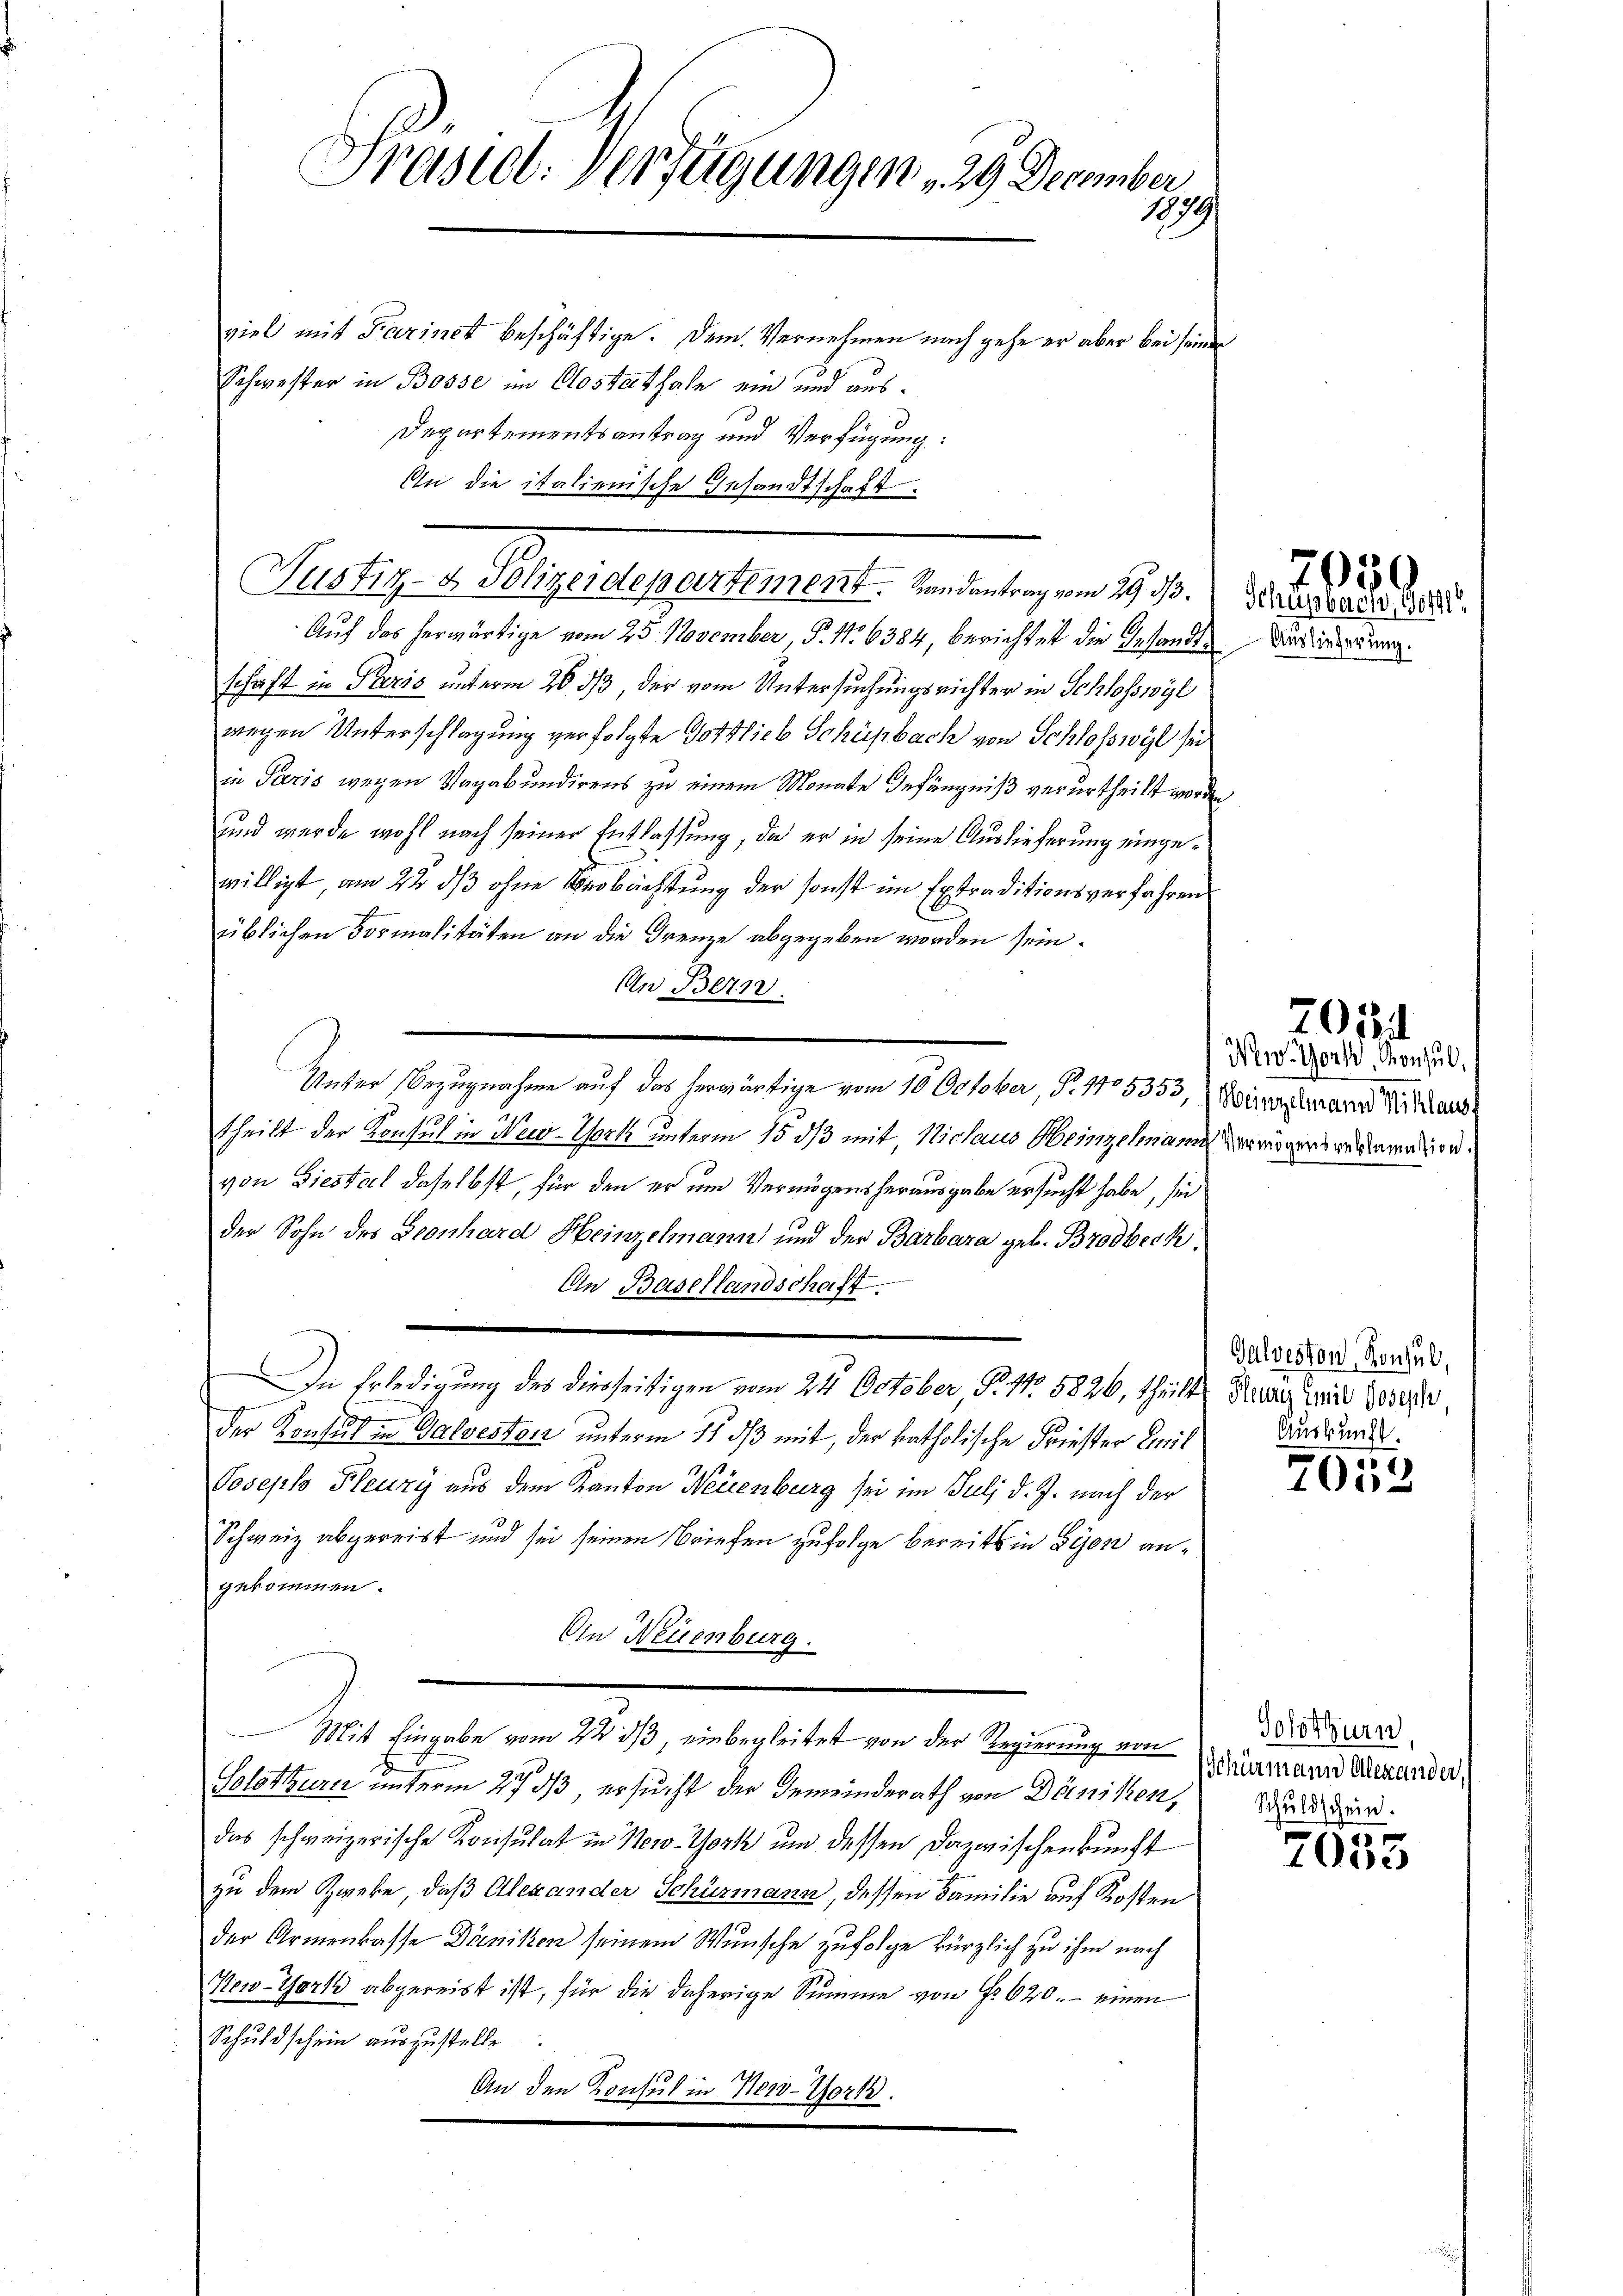
An die italienische Gesandtschaft.

Prämiel. Verfügungen 29. December
1879
viel mit Farinet beschäftige. Dem Vernehmen nach gehe er aber bei seinen
Schwester in Bosse im Closterthale ein und aus¬
Departementsantrag und Verfügung:

Justiz- & Polizeidepartement. Randantrag vom 29. ds.

Auf das herwärtige vom 25. November, P. 11. 6384, berichtet die Gesandtschaft in Paris unterm 26. ds der vom Untersuchungsrichter in Schlosswyl
wegen Unterschlagung verfolgte Gottlieb Schüpbach von Schlosswyl sei
in Paris wegen Vagabundirens zu einem Monate Anfängniß verurtheilt worden
und wurde wohl nach seiner Entlassung, da er in seine Auslieferung eingewilligt am 22 dß ohne Beobachtung der sonst im Extraditionsverfahren
üblichen Formalitäten an die Grenze abgegeben worden sein.
An Bern.
Unter Bezugnahme auf das herwärtige vom 10 October, P. 110 5353,
theilt der Konsul in New-York unterm 15. ds mit, Niclaus Heinzelmann
von Diestel daselbst, für den er um Vermögensherausgabe ersucht habe, sei
der Sohn des Leonhard Heinzelmann und der Barbara geb. Brodbeck.
Ein Basellandschaft
In Erledigung des diesseitigen vom 24. October, S. 11. 5826, theilt Heute mit 1000
der Konsul in Galvestorz unterm 11. ds mit, der katholische Friester Emil
Joseph Fleuzy aus dem Kanton Neuenburg sei im Juli d. J. nach der
Schweiz abgereist und sei seinen Briefen zufolge bereits in Bijon angekommen.
An Neuenburg.
Mit Eingabe vom 24. ds einbegleitet von der Regierung von
Solothurn unterm 27. ds, ersucht der Gemeinderath von Däniken,
das schweizerische Konsulat in New-York um dessen Dazwischenkunft
zu dem Zweke, daß Alexander Schürmann, dessen Familie auf Kosten
der Armenkasse Däniken seinem Wunsche zufolge kürzlich zu ihm nach
New-York abgereist ist, für die daherige Summe von f. 620.- einen
Schuldschein auszustelle.
An den Konsul in Werd-Torte.

Auslieferung.

7030
Schupbach, Gottl

New-York, Konsul
Heinzelmann Niklausf
Vermögensreklamation.

202

Galveston, Konsul,
Auskunft.

7058

Solothurn
Schürmann Alexander,
Schuldschein.

7055